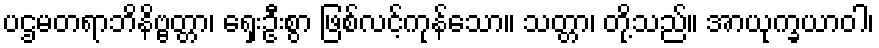
ပဌမတရာဘိနိဗ္ဗတ္တာ၊ ရှေးဦးစွာ ဖြစ်လင့်ကုန်သော။ သတ္တာ၊ တို့သည်။ အာယုက္ခယာဝါ၊